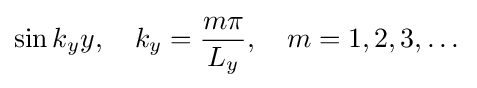
\sin {k_{y}y},\quad k_{y}={\frac {m\pi }{L_{y}}},\quad m=1,2,3,\dots